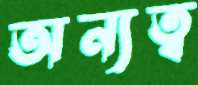
অন্যত্ব